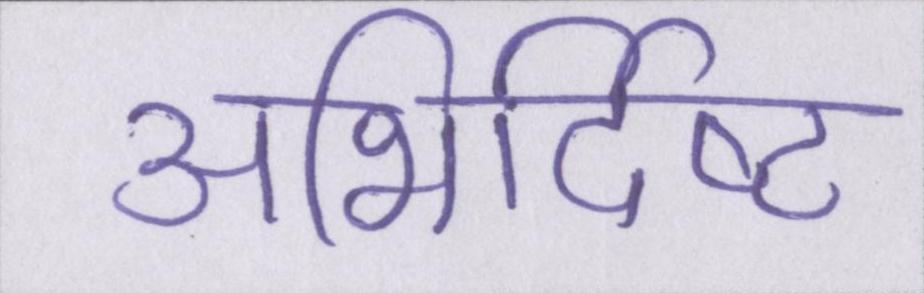
अभिर्दिष्ट